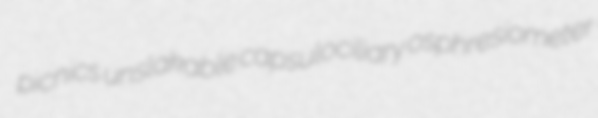
picnics unslakable capsulociliary osphresiometer